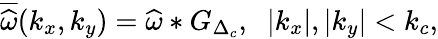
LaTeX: \overline{{\widehat{\omega}}}(k_{x},k_{y})=\widehat{\omega}\ast G_{\Delta_{c}},\; \; |k_{x}|,|k_{y}|<k_{c},